Vaccination in Bombay 1874-1876 - 1874-1876
Year: 1874
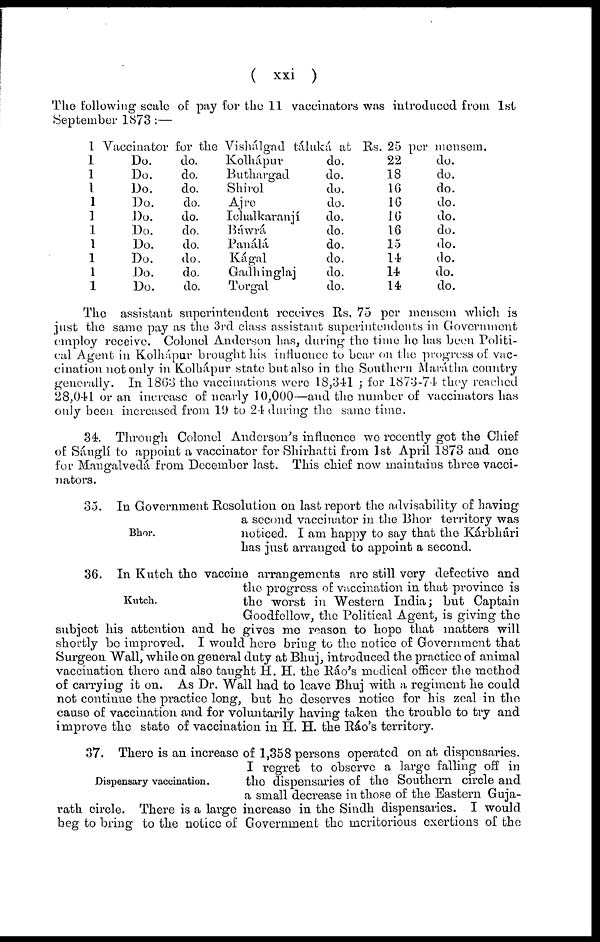
( xxi )
The following scale of pay for the 11 vaccinators was introduced from 1st
September 1873 :—
1 Vaccinator for the Vishálgad táluká at Rs. 25 pur mensem.
1
Do.
do.
1
Do.
do.
1
Do.
do.
1
Do.
do.
1
Do.
do.
1
Do.
do.
1
Do.
do.
1
Do.
do.
1
Do.
do.
1
Do.
do.
Kolhápur
Buthargad
Shirol
Ajre
Ichalkaranjí
Báwrá
Panálá
Kágal
Gadhinglaj
Torgal
do.
do.
do.
do.
do.
do.
do.
do.
do.
do.
22
18
16
16
16
16
15
14
14
14
do.
do.
do.
do.
do.
do.
do.
do.
do.
do.
The assistant superintendent receives Rs. 75 per mensem which is
just the same pay as the 3rd class assistant superintendents in Government
employ receive. Colonel Anderson has, during the time he has been Politi-
cal Agent in Kolhápur brought his influence to bear on the progress of vac-
cination not only in Kolhápur state but also in the Southern Marátha country
generally. In 1863 the vaccinations were 18,341 ; for 1873-74 they reached
28,041 or an increase of nearly 10,000—and the number of vaccinators has
only been increased from 19 to 24 during the same time.
34. Through Colonel Anderson's influence we recently got the Chief
of Sánglí to appoint a vaccinator for Shirhatti from 1st April 1873 and one
for Mangalvedá from December last. This chief now maintains three vacci-
nators.
Bhor.
35. In Government Resolution on last report the advisability of having
a second vaccinator in the Bhor territory was
noticed. I am happy to say that the Kárbhári
has just arranged to appoint a second.
Kutch.
36. In Kutch the vaccine arrangements are still very defective and
the progress of vaccination in that province is
the worst in Western India; but Captain
Goodfellow, the Political Agent, is giving the
subject his attention and he gives me reason to hope that matters will
shortly be improved. I would here bring to the notice of Government that
Surgeon Wall, while on general duty at Bhuj, introduced the practice of animal
vaccination there and also taught H. H. the Ráo's medical officer the method
of carrying it on. As Dr. Wall had to leave Bhuj with a regiment he could
not continue the practice long, but he deserves notice for his zeal in the
cause of vaccination and for voluntarily having taken the trouble to try and
improve the state of vaccination in H. H. the Ráo's territory.
Dispensary vaccination.
37. There is an increase of 1,358 persons operated on at dispensaries.
I regret to observe a large falling off in
the dispensaries of the Southern circle and
a small decrease in those of the Eastern Guja-
rath circle. There is a large increase in the Sindh dispensaries. I would
beg to bring to the notice of Government the meritorious exertions of the